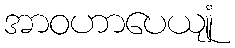
အာဝဟာပေယျုံ